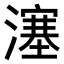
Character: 𤀕